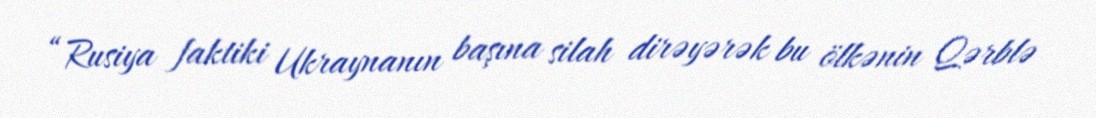
“Rusiya faktiki Ukraynanın başına silah dirəyərək bu ölkənin Qərblə